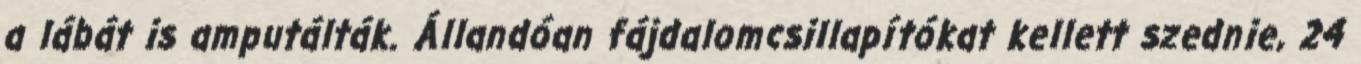
a lábát is amputálták. Állandóan fájdalomcsillapítókat kellett szednie, 24